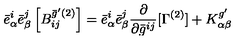
{ \bar { e } } _ { \alpha } ^ { i } { \bar { e } } _ { \beta } ^ { j } \left[ { B } _ { i j } ^ { \bar { g } ^ { \prime } ( 2 ) } \right] = { \bar { e } } _ { \alpha } ^ { i } { \bar { e } } _ { \beta } ^ { j } \frac { \partial } { \partial \bar { g } ^ { i j } } [ \Gamma ^ { ( 2 ) } ] + { K } _ { \alpha \beta } ^ { g ^ { \prime } }